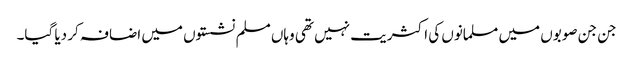
جن جن صوبوں میں مسلمانوں کی اکثریت نہیں تھی وہاں مسلم نشستوں میں اضافہ کر دیا گیا۔